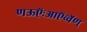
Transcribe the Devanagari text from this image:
णऊऍःआऍव्वॅण्